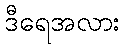
ဒီရေအလား